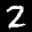
Label: 2